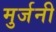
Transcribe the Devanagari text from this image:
मुर्जनी